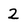
Character: 2